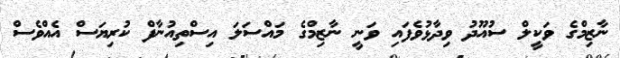
ނާޒިމްގެ ވަކީލް ސުއޫދު ވިދާޅުވެފައި ވަނީ ނާޒިމްގެ މައްސަލަ އިސްތިއުނާފް ކުރިޔަސް އެއްވެސް